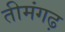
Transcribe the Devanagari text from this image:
तीमंगढ़